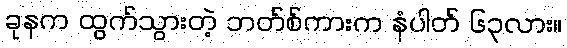
ခုနက ထွက်သွားတဲ့ ဘတ်စ်ကားက နံပါတ် ၆၃လား။